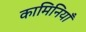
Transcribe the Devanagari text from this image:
कामिनियाँ